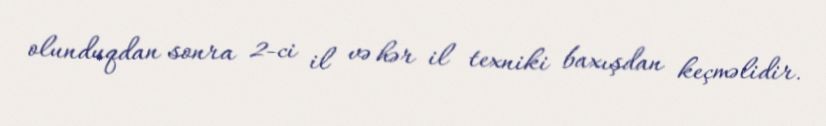
olunduqdan sonra 2-ci il və hər il texniki baxışdan keçməlidir.